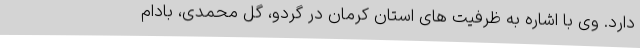
دارد. وی با اشاره به ظرفیت های استان کرمان در گردو، گل محمدی، بادام